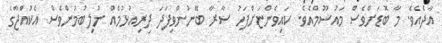
އާދެއެވެ. މާ ބޮޑަށްވެސް މައުސޫމްއެވެ. ކައިވެންޏަށްފަހު ސާރާ ބޭނުންވިފަދަ ދިރިއުޅުމެއް ނުލިބުމުންވެސް އެކުއްޖާގެ